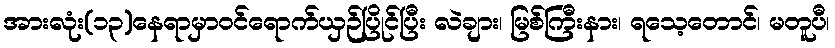
အားလုံး(၁၃)နေရာမှာဝင်ရောက်ယှဉ်ပြိုင်ပြီး လဲချား၊ မြစ်ကြီးနား၊ ရသေ့တောင်၊ မတူပီ၊